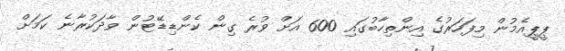
ޕީޕީއެމުން މިފަހަރުގެ އިންތިހާބުގައި 600 އަށް ވުރެ ގިން ކެންޑިޑޭޓުން ވާދަކުރާނެ ކަމަށް